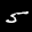
Label: 5